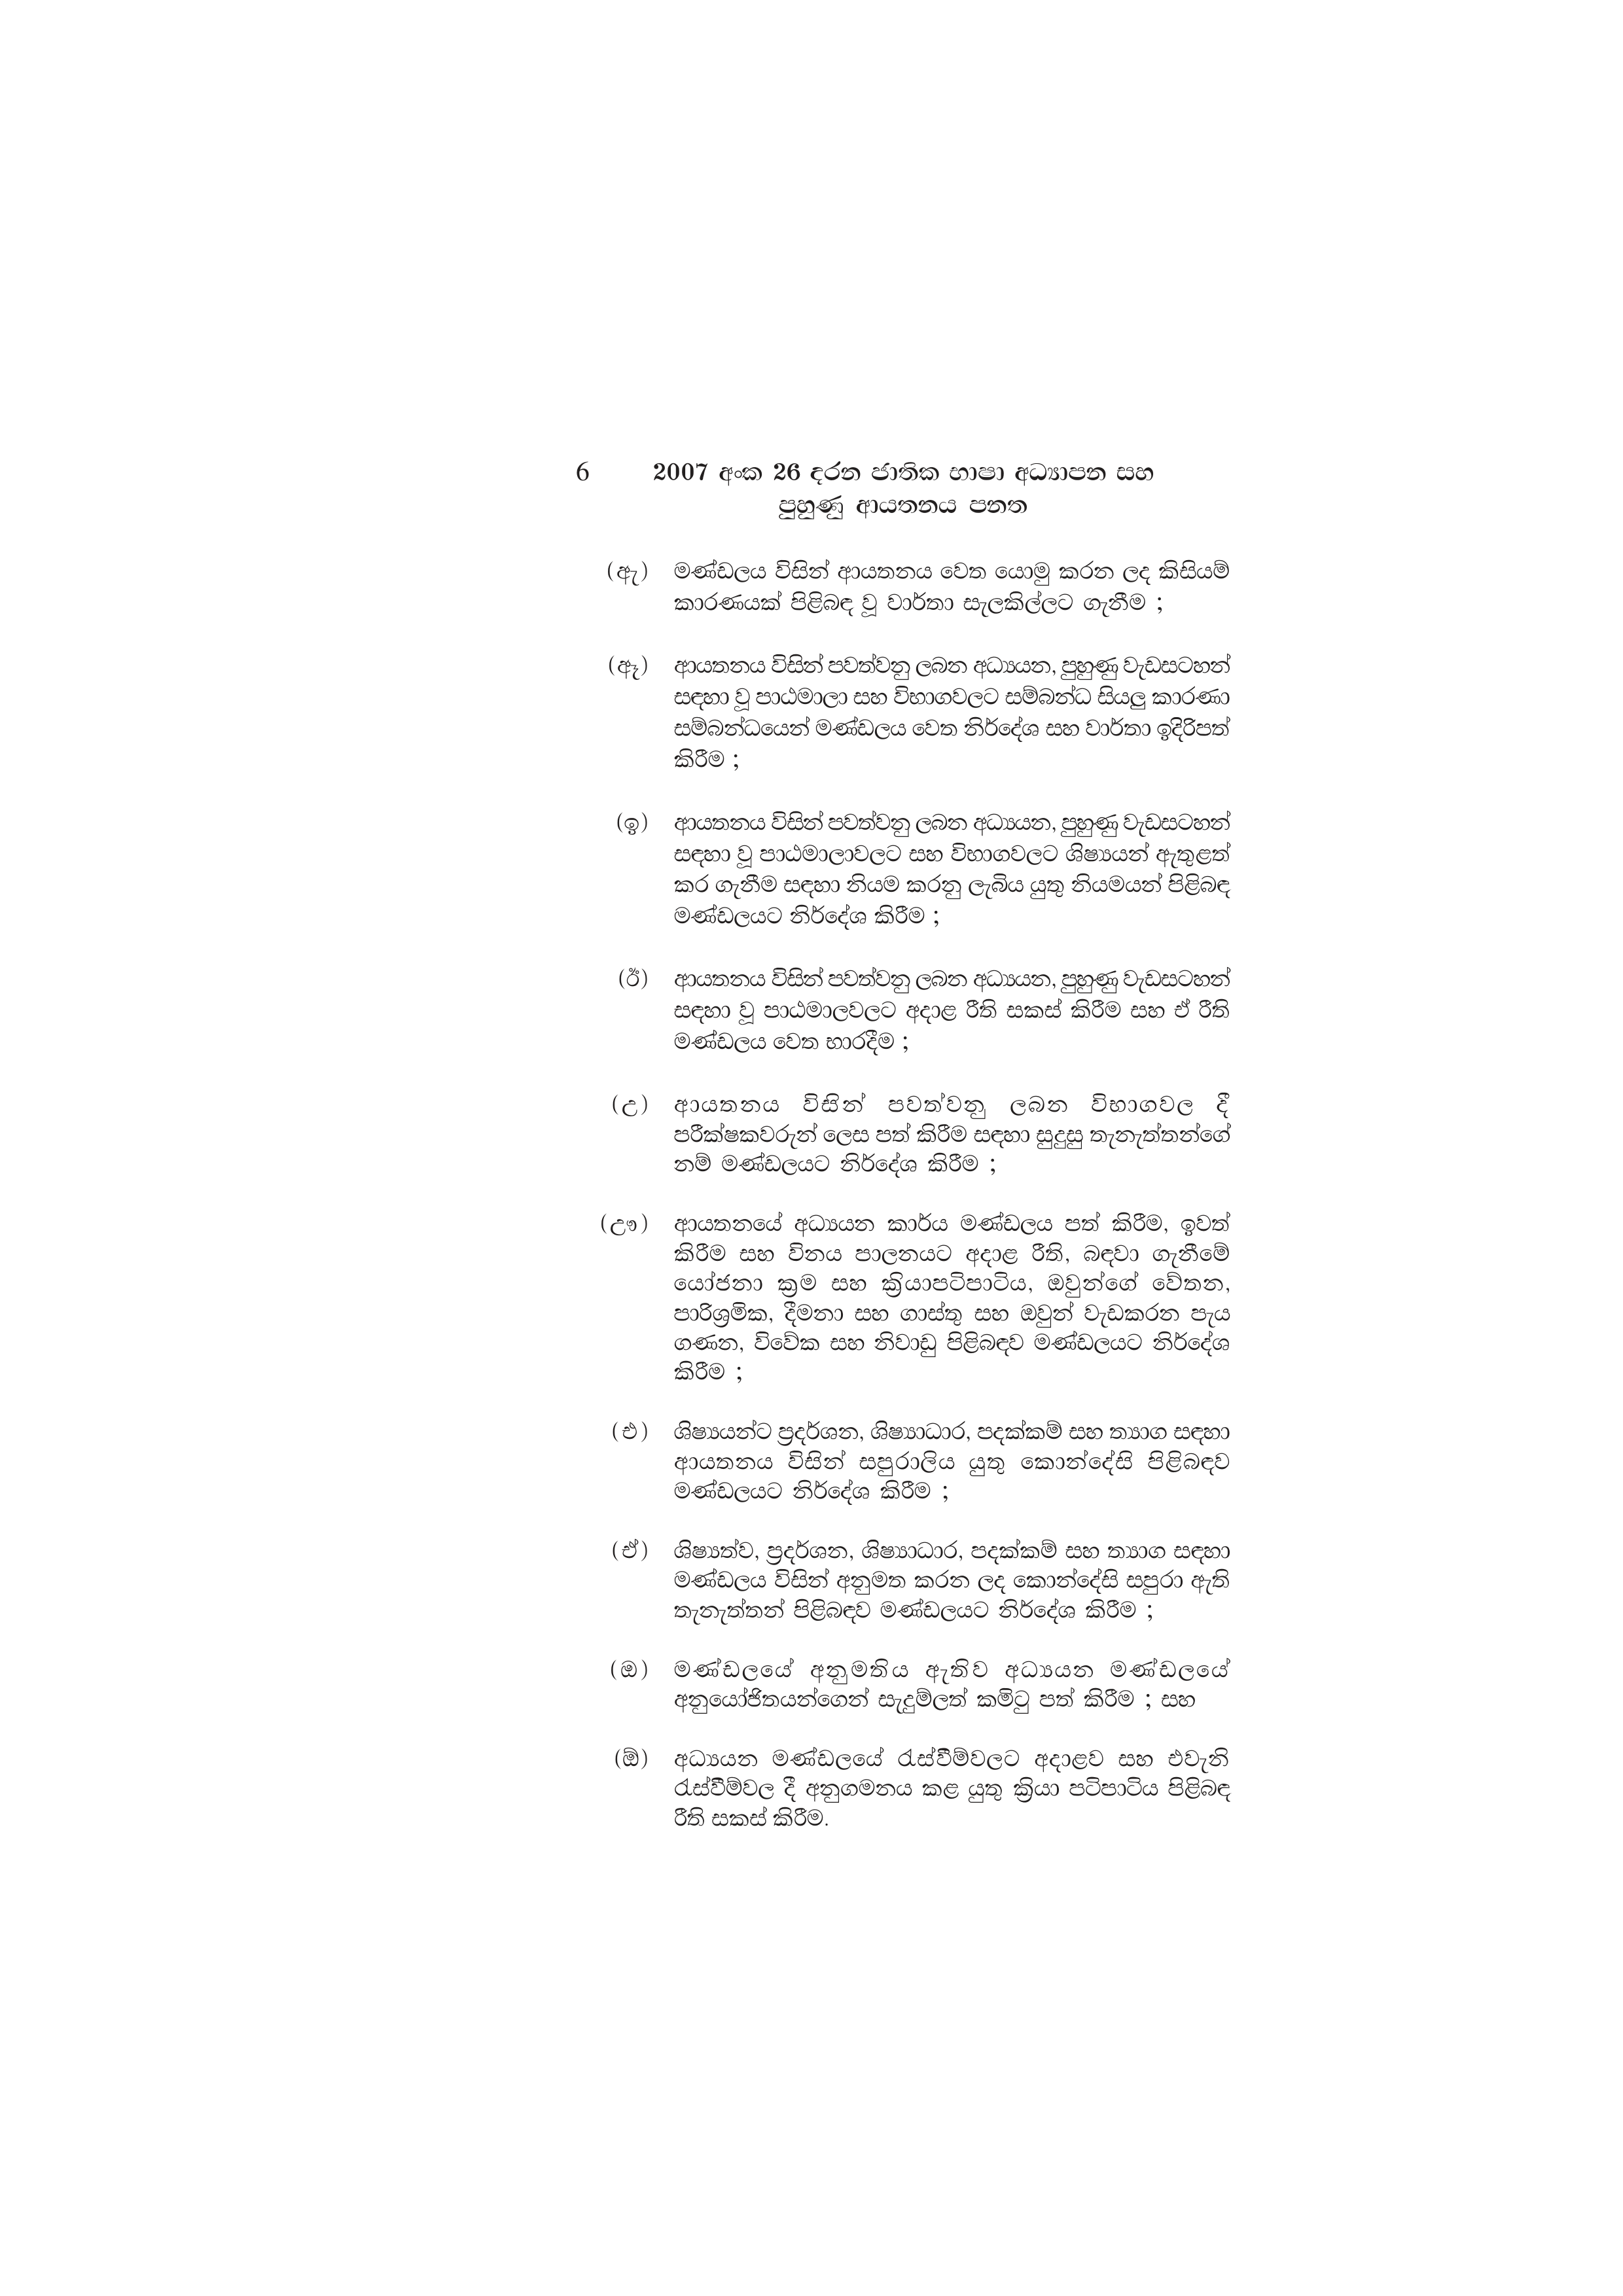
6 2007 අංක 26 දරන ජාතික භාෂා අධ්‍යාපන සහ
පුහුණු ආයතනය පනත

(ඇ) මණ්ඩලය විසින් ආයතනය වෙත යොමු කරන ලද කිසියම්
කාරණයක් පිළිබඳ වූ වාර්තා සැලකිල්ලට ගැනීම ;

(ඈ) ආයතනය විසින් පවත්වනු ලබන අධ්‍යයන, පුහුණු වැඩසටහන්
සඳහා වූ පාඨමාලා සහ විභාගවලට සම්බන්ධ සියලු කාරණා
සම්බන්ධයෙන් මණ්ඩලය වෙත නිර්දේශ සහ වාර්තා ඉදිරිපත්
කිරීම ;

(ඉ) ආයතනය විසින් පවත්වනු ලබන අධ්‍යයන, පුහුණු වැඩසටහන්
සඳහා වූ පාඨමාලාවලට සහ විභාගවලට ශිෂ්‍යයන් ඇතුළත්
කර ගැනීම සඳහා නියම කරනු ලැබිය යුතු නියමයන් පිළිබඳ
මණ්ඩලයට නිර්දේශ කිරීම ;

(ඊ) ආයතනය විසින් පවත්වනු ලබන අධ්‍යයන, පුහුණු වැඩසටහන්
සඳහා වූ පාඨමාලවලට අදාළ රීති සකස් කිරීම සහ ඒ රීති
මණ්ඩලය වෙත භාරදීම ;

(උ) ආයතනය විසින් පවත්වනු ලබන විභාගවල දී
පරීක්ෂකවරුන් ලෙස පත් කිරීම සඳහා සුදුසු තැනැත්තන්ගේ
නම් මණ්ඩලයට නිර්දේශ කිරීම ;

(ඌ) ආයතනයේ අධ්‍යයන කාර්ය මණ්ඩලය පත් කිරීම, ඉවත්
කිරීම සහ විනය පාලනයට අදාළ රීති, බඳවා ගැනීමේ
යෝජනා ක්‍රම සහ ක්‍රියාපටිපාටිය, ඔවුන්ගේ වේතන,
පාරිශ්‍රමික, දීමනා සහ ගාස්තු සහ ඔවුන් වැඩකරන පැය
ගණන, විවේක සහ නිවාඩු පිළිබඳව මණ්ඩලයට නිර්දේශ
කිරීම ;

(එ) ශිෂ්‍යයන්ට ප්‍රදර්ශන, ශිෂ්‍යාධාර, පදක්කම් සහ ත්‍යාග සඳහා
ආයතනය විසින් සපුරාලිය යුතු කොන්දේසි පිළිබඳව
මණ්ඩලයට නිර්දේශ කිරීම ;

(ඒ) ශිෂ්‍යත්ව,ප්‍රදර්ශන, ශිෂ්‍යාධාර, පදක්කම් සහ ත්‍යාග සඳහා
මණ්ඩලය විසින් අනුමත කරන ලද කොන්දේසි සපුරා ඇති
තැනැත්තන් පිළිබඳව මණ්ඩලයට නිර්දේශ කිරීම ;

(ඔ) මණ්ඩලයේ අනුමතිය ඇතිව අධ්‍යයන මණ්ඩලයේ
අනුයෝජිතයන්ගෙන් සැදුම්ලත් කමිටු පත් කිරීම ; සහ

(ඕ) අධ්‍යයන මණ්ඩලයේ රැස්වීම්වලට අදාළව සහ එවැනි
රැස්වීම්වල දී අනුගමනය කළ යුතු ක්‍රියා පටිපාටිය පිළිබඳ
රීති සකස් කිරීම.